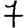
Digit: 7